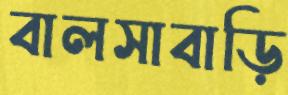
বালসাবাড়ি